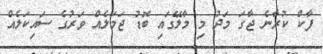
ފާކް ކުރާނެ ޖާގަ މަދު މި މާލޭގައި ބޮޑު ޖަމަލެއް ވަރުގެ ސައިކަލެއް